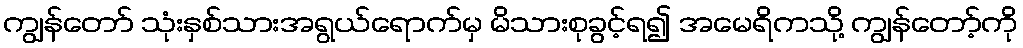
ကျွန်တော် သုံးနှစ်သားအရွယ်ရောက်မှ မိသားစုခွင့်ရ၍ အမေရိကသို့ ကျွန်တော့်ကို